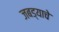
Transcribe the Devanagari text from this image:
जबड्याचे